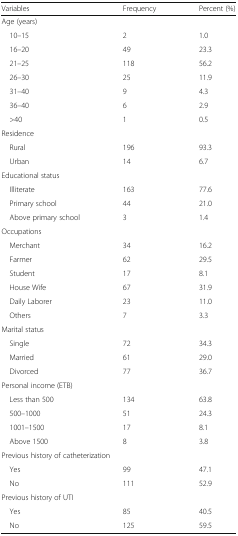
| Variables | Frequency | Percent (%) |
 | --- | --- | --- |
 | <COLSPAN=3> Age (years) |
 | 10–15 | 2 | 1.0 |
 | 16–20 | 49 | 23.3 |
 | 21–25 | 118 | 56.2 |
 | 26–30 | 25 | 11.9 |
 | 31–40 | 9 | 4.3 |
 | 36–40 | 6 | 2.9 |
 | >40 | 1 | 0.5 |
 | <COLSPAN=3> Residence |
 | Rural | 196 | 93.3 |
 | Urban | 14 | 6.7 |
 | <COLSPAN=3> Educational status |
 | Illiterate | 163 | 77.6 |
 | Primary school | 44 | 21.0 |
 | Above primary school | 3 | 1.4 |
 | <COLSPAN=3> Occupations |
 | Merchant | 34 | 16.2 |
 | Farmer | 62 | 29.5 |
 | Student | 17 | 8.1 |
 | House Wife | 67 | 31.9 |
 | Daily Laborer | 23 | 11.0 |
 | Others | 7 | 3.3 |
 | <COLSPAN=3> Marital status |
 | Single | 72 | 34.3 |
 | Married | 61 | 29.0 |
 | Divorced | 77 | 36.7 |
 | <COLSPAN=3> Personal income (ETB) |
 | Less than 500 | 134 | 63.8 |
 | 500–1000 | 51 | 24.3 |
 | 1001–1500 | 17 | 8.1 |
 | Above 1500 | 8 | 3.8 |
 | <COLSPAN=3> Previous history of catheterization |
 | Yes | 99 | 47.1 |
 | No | 111 | 52.9 |
 | <COLSPAN=3> Previous history of UTI |
 | Yes | 85 | 40.5 |
 | No | 125 | 59.5 |